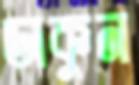
ডাকুন